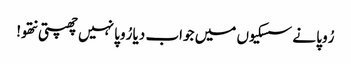
رُوپا نے سسکیوں میں جواب دیا رُوپا نہیں چھپتی نتھو!